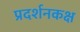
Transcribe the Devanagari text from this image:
प्रदर्शनकक्ष